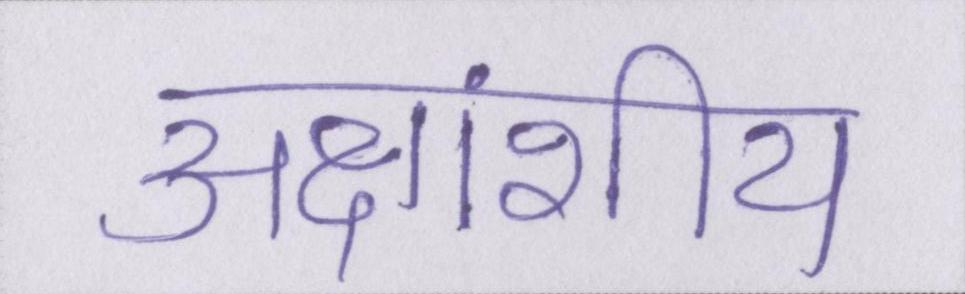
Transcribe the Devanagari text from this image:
अक्षांशीय